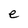
Character: e